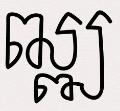
ឍ្ឍ